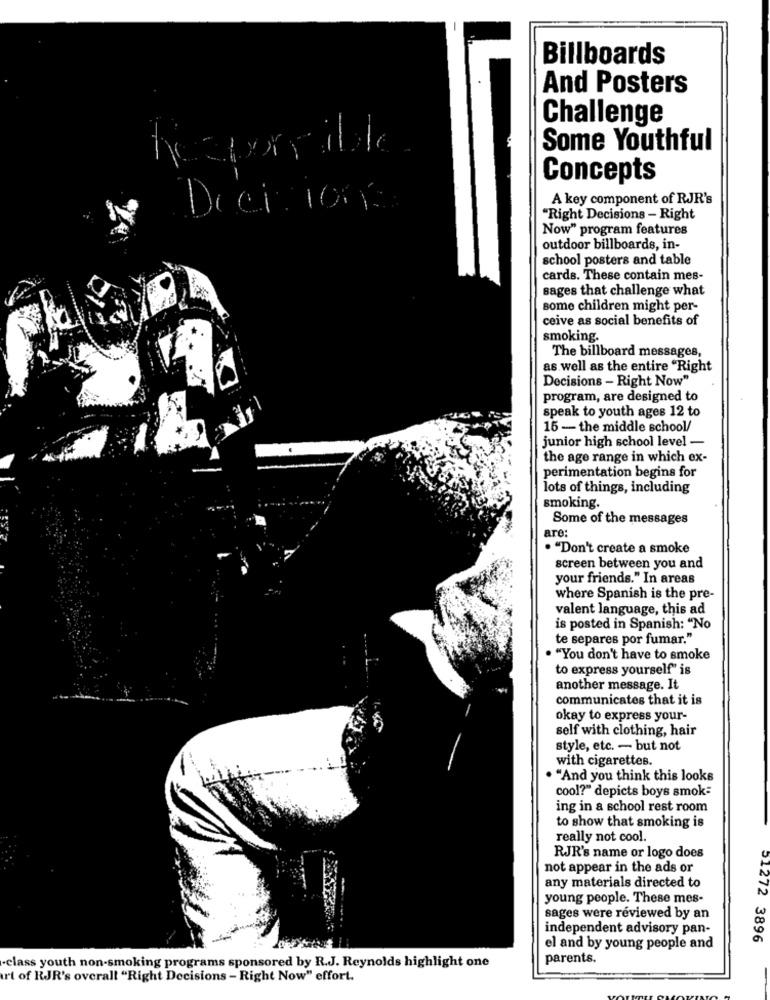
Billboards
And Posters
Challenge
Some Youthful
Concepts
A key component of RJR's
Decisions
"Right Decisions - Right
Now" program features
outdoor billboards, in-
school posters and table
cards. These contain mes-
sages that challenge what
some children might per-
ceive as social benefits of
smoking.
The billboard messages,
as well as the entire "Right
Decisions - Right Now"
program, are designed to
speak to youth ages 12 to
15 - the middle school/
junior high school level -
the age range in which ex-
perimentation begins for
lots of things, including
smoking.
Some of the messages
are:
. "Don't create a smoke
screen between you and
your friends." In areas
where Spanish is the pre-
valent language, this ad
is posted in Spanish: "No
te separes por fumar."
. "You don't have to smoke
to express yourself" is
another message. It
communicates that it is
okay to express your-
self with clothing, hair
style, etc. - but not
with cigarettes.
. "And you think this looks
cool?" depicts boys smok=
ing in a school rest room
to show that smoking is
really not cool.
RJR's name or logo does
not appear in the ads or
any materials directed to
young people. These mes-
sages were reviewed by an
independent advisory pan-
51272 3896
el and by young people and
parents.
-class youth non-smoking programs sponsored by R.J. Reynolds highlight one
rt of RJR's overall "Right Decisions - Right Now" effort.